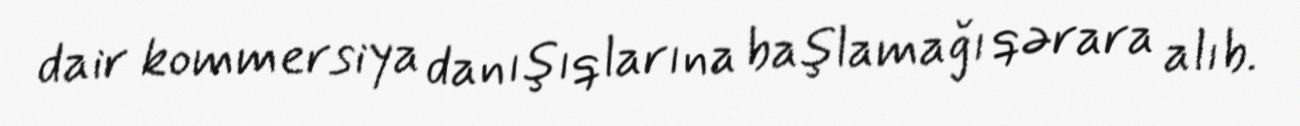
dair kommersiya danışıqlarına başlamağı qərara alıb.